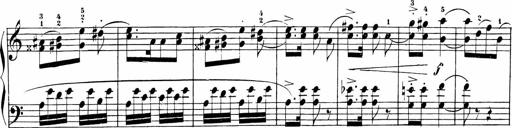
Title: Sonatinen Op.47, 98 und 136, nebst 6 Liedersonatinen
Composer: Carl Reinecke